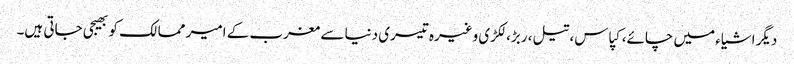
دیگر اشیاء میں چائے، کپاس، تیل، ربڑ، لکڑی وغیرہ تیسری دنیا سے مغرب کے امیر ممالک کو بھیجی جاتی ہیں۔